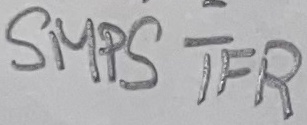
Text: SMPS TFR